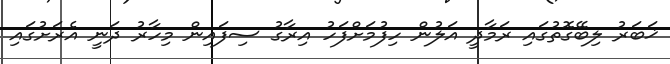
ޚަބަރު ލިބޭގޮތުގައި ރަމާދީ އަލުން ހިފުމަށްފަހު އިރާގު ސިފައިން މިހާރު ދަނީ އެރަށުގައި